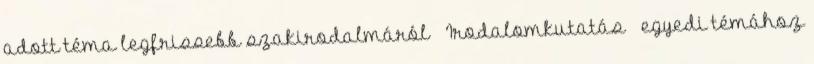
adott téma legfrissebb szakirodalmáról  Irodalomkutatás – egyedi témához